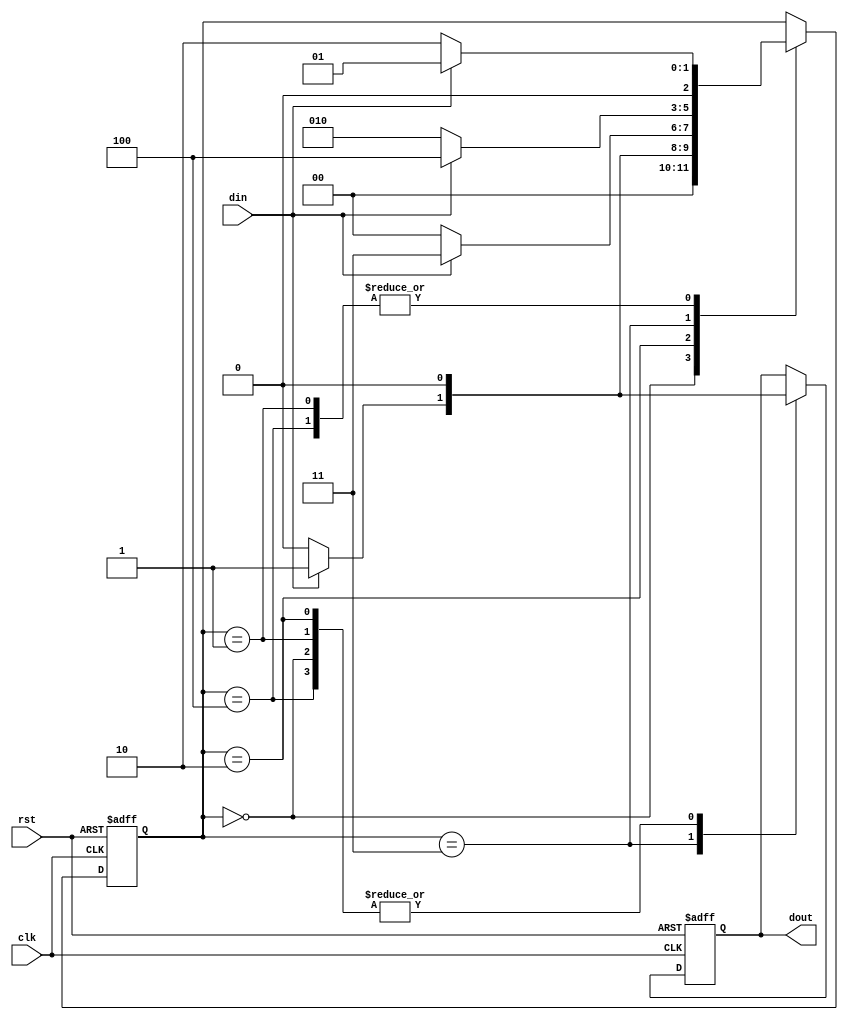
module mealy_over(
	input clk,
	input rst,
	input din,
	output reg dout
);

//sequence - 1011

parameter S0 = 3'd0;
parameter S1 = 3'd1;
parameter S2 = 3'd2;
parameter S3 = 3'd3;
parameter S4 = 3'd4;

reg [2:0] state = S0;

always@(posedge clk or posedge rst) begin
	if(rst) begin
		dout <= 0;
		state <= S0;
	end else begin
		case(state)
			S0 : begin
				if(din) begin
					dout <= 0;
					state <= S1;
				end else begin
					dout <= 0;
					state <= S0;
				end
			end
			S1 : begin
				if(din) begin
					dout <= 0;
					state <= S1;
				end else begin
					dout <= 0;
					state <= S2;
				end
			end
			S2 : begin
				if(din) begin
					dout <= 0;
					state <= S3;
				end else begin
					dout <= 0;
					state <= S0;
				end
			end
			S3 : begin
				if(din) begin
					dout <= 1;
					state <= S4;
				end else begin
					dout <= 0;
					state <= S2;
				end
			end
			S4 : begin
				if(din) begin
					dout <= 0;
					state <= S1;
				end else begin
					dout <= 0;
					state <= S2;
				end
			end
		endcase
	end
end

endmodule